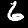
Label: 6